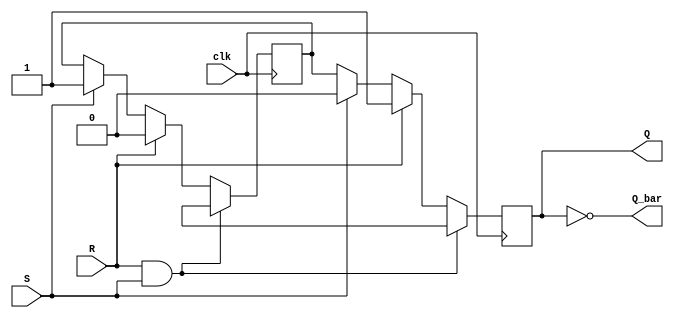
module sr_flipflop (
    input wire S,
    input wire R,
    input wire clk,
    output reg Q,
    output reg Q_bar
);

reg master_Q;
reg slave_Q;

always @(posedge clk) begin
    if (R && S) begin
        master_Q <= 1'bX;
        slave_Q <= 1'bX;
    end else if (R) begin
        master_Q <= 1'b0;
        slave_Q <= 1'b1;
    end else if (S) begin
        master_Q <= 1'b1;
        slave_Q <= 1'b0;
    end else begin
        master_Q <= master_Q;
        slave_Q <= master_Q;
    end
end

assign Q = slave_Q;
assign Q_bar = ~slave_Q;

endmodule